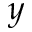
y